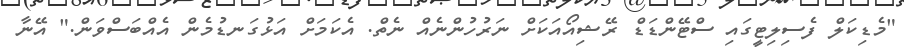
"މެޑިކަލް ފެސިލިޓީގައި ސްޓޭންޑަޑް ރޭޝިއޯއަކަށް ނަރުހުންނެއް ނެތް. އެކަމަށް އަޅުގަނޑުމެން އެއްބަސްވަން." އޭނާ